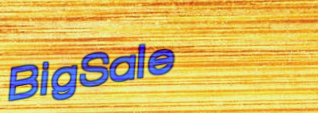
BigSale